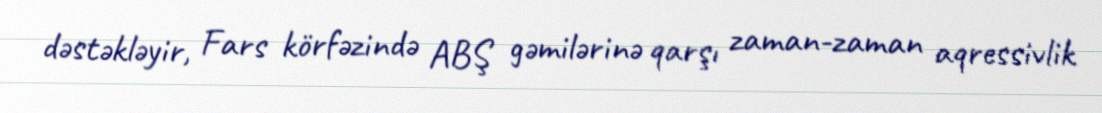
dəstəkləyir, Fars körfəzində ABŞ gəmilərinə qarşı zaman-zaman aqressivlik